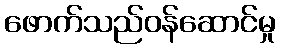
ဖောက်သည်ဝန်ဆောင်မှု